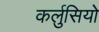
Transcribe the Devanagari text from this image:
कर्लुसियो